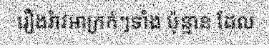
រឿងរ៉ាវអាក្រក់ៗទាំង ប៉ុន្មាន ដែល